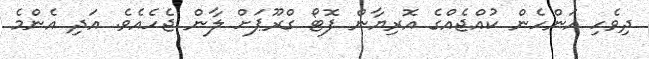
ދިވެހި އަންހެން ކުއްޖެއްގެ އޮރިޔާން ފޮޓޯ ގްރޫޕަށް ލާން ޖެހެއެވެ. އަދި އެންމެ